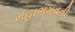
મહાભગવતી